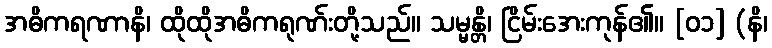
အဓိကရဏာနိ၊ ထိုထိုအဓိကရုဏ်းတို့သည်။ သမ္မန္တိ၊ ငြိမ်းအေးကုန်၏။ [၀၁] (နိ၊